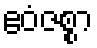
ဧဝံဇစ္စာ